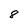
Character: 8